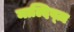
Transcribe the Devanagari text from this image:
माल्दिव्ज़